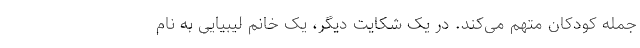
جمله کودکان متهم می‌کند. در یک شکایت دیگر، یک خانم لیبیایی به نام